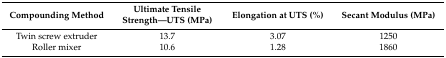
| Compounding Method | Ultimate Tensile Strength—UTS (MPa) | Elongation at UTS (%) | Secant Modulus (MPa) |
 | --- | --- | --- | --- |
 | Twin screw extruder | 13.7 | 3.07 | 1250 |
 | Roller mixer | 10.6 | 1.28 | 1860 |